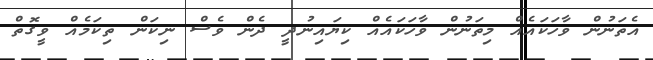
އެތަނުން ވާހަކައެއް މިތަނުން ވާހަކައެއް ކިޔައިނުދީ ދެން ވެސް ނިކަން ތިކަމެއް ވީގޮތް